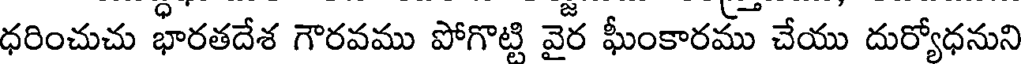
ధరించుచు భారతదేశ గౌరవము పోగొట్టి వైర ఘీంకారము చేయు దుర్యోధనుని